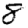
Digit: 8